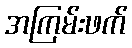
အကြမ်းဖက်